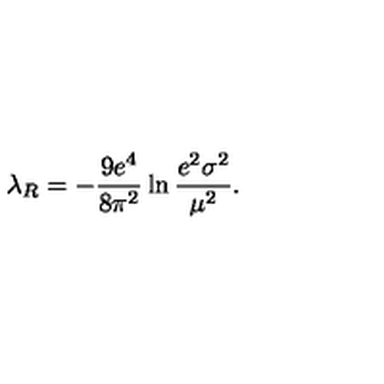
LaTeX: \lambda _ { R } = - \frac { 9 e ^ { 4 } } { 8 \pi ^ { 2 } } \ln \frac { e ^ { 2 } \sigma ^ { 2 } } { \mu ^ { 2 } } .